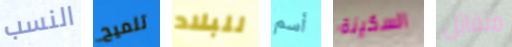
النسب تلميح للبلاد أسم السكينة متفائل